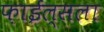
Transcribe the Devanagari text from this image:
फ़ाईल्सला